Vaccination in Burma 1920-1933 - 1920-1933
Year: 1920
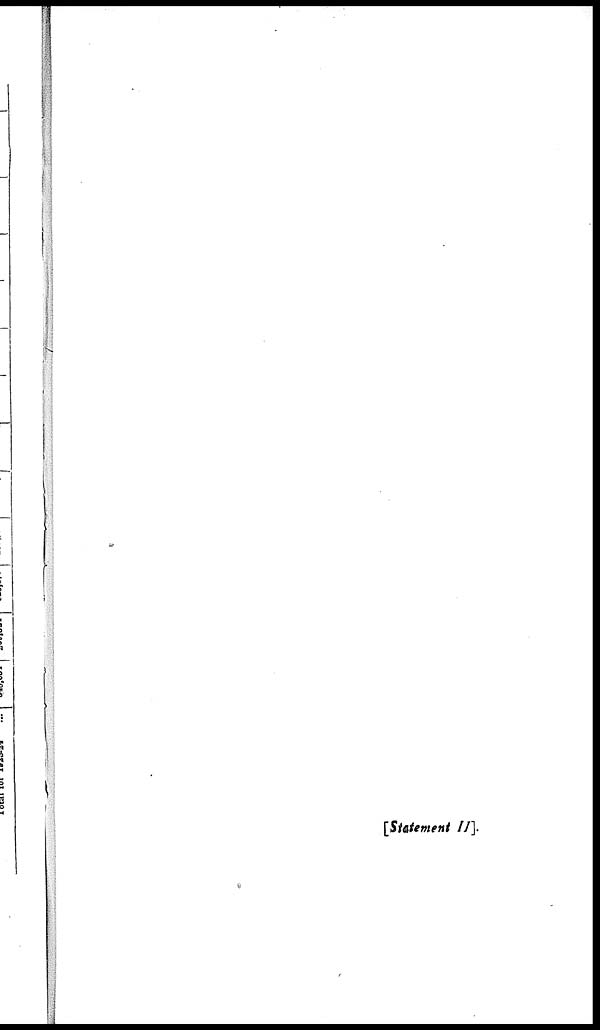
[Statement II ]